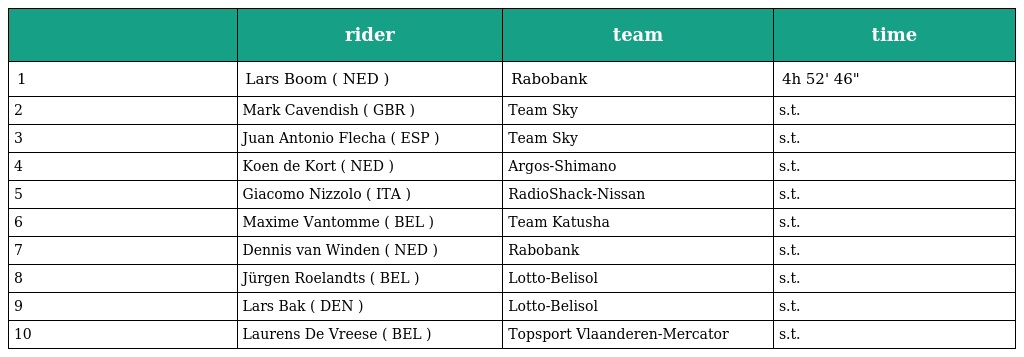
|  | rider | team | time |
 | --- | --- | --- | --- |
 | 1 | Lars Boom ( NED ) | Rabobank | 4h 52' 46" |
 | 2 | Mark Cavendish ( GBR ) | Team Sky | s.t. |
 | 3 | Juan Antonio Flecha ( ESP ) | Team Sky | s.t. |
 | 4 | Koen de Kort ( NED ) | Argos-Shimano | s.t. |
 | 5 | Giacomo Nizzolo ( ITA ) | RadioShack-Nissan | s.t. |
 | 6 | Maxime Vantomme ( BEL ) | Team Katusha | s.t. |
 | 7 | Dennis van Winden ( NED ) | Rabobank | s.t. |
 | 8 | Jürgen Roelandts ( BEL ) | Lotto-Belisol | s.t. |
 | 9 | Lars Bak ( DEN ) | Lotto-Belisol | s.t. |
 | 10 | Laurens De Vreese ( BEL ) | Topsport Vlaanderen-Mercator | s.t. |